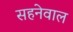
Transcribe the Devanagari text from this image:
सहनेवाल